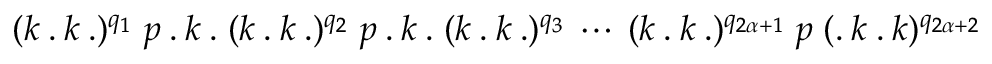
( k \: . \: k \: . ) ^ { q _ { 1 } } \; p \: . \: k \: . \; ( k \: . \: k \: . ) ^ { q _ { 2 } } \; p \: . \: k \: . \; ( k \: . \: k \: . ) ^ { q _ { 3 } } \: \cdots \: ( k \: . \: k \: . ) ^ { q _ { 2 \alpha + 1 } } \; p \; ( . \: k \: . \: k ) ^ { q _ { 2 \alpha + 2 } }